Reports on military cantonments and civil stations in the Presidency of Bombay inspected by the Sanitary Commissioner in the years 1875 and 1876
Year: 1875
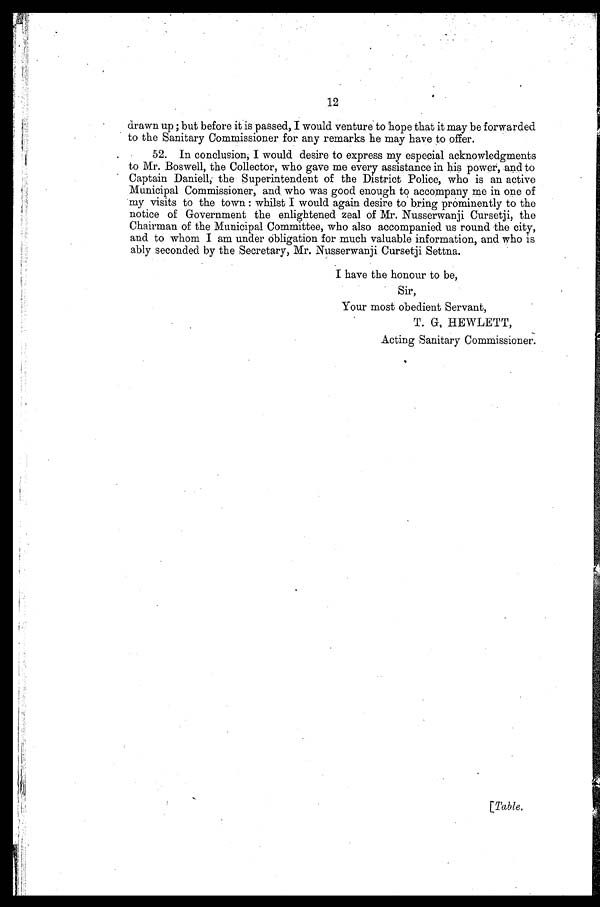
12
drawn up; but before it is passed, I would venture to hope that it may be forwarded
to the Sanitary Commissioner for any remarks he may have to offer.
52. In conclusion, I would desire to express my especial acknowledgments
to Mr. Boswell, the Collector, who gave me every assistance in his power, and to
Captain Daniell, the Superintendent of the District Police, who is an active
Municipal Commissioner, and who was good enough to accompany me in one of
my visits to the town: whilst I would again desire to bring prominently to the
notice of Government the enlightened zeal of Mr. Nusserwanji Cursetji, the
Chairman of the Municipal Committee, who also accompanied us round the city,
and to whom I am under Obligation for much valuable information, and who is
ably seconded by the Secretary, Mr. Nusserwanji Cursetji Settna.
I have the honour to be,
Sir,
Your most obedient Servant,
T. G, HEWLETT,
Acting Sanitary Commissioner.
[Table.